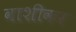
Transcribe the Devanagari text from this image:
वाशीकर